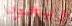
ويعود